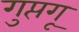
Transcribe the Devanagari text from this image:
गुप्तगू